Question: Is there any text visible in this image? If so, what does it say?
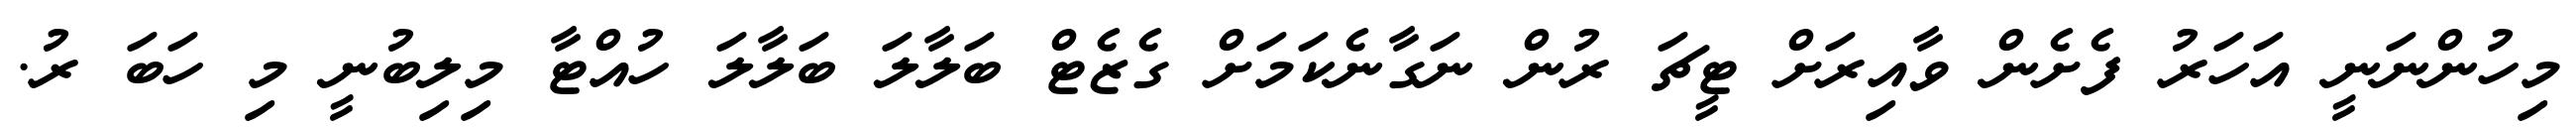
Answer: މިހުންނަނީ އަހަރު ފެށެން ވާއިރަށް ޓީޗަ ރުން ނަގާނެކަމަށް ގެޒެޓް ބަލާލަ ބަލާލަ ހުއްޓާ މިލިބުނީ މި ހަބަ ރު.